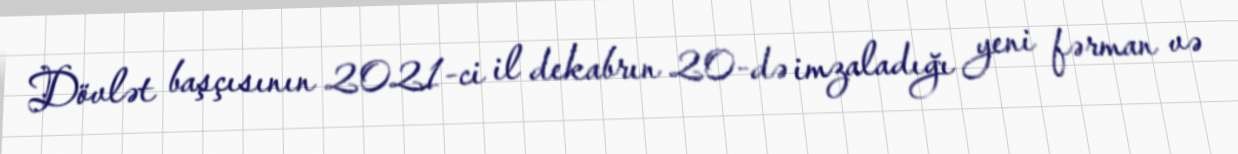
Dövlət başçısının 2021-ci il dekabrın 20-də imzaladığı yeni fərman və